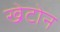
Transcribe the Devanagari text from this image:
खेटोन